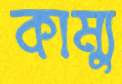
কাম্যু